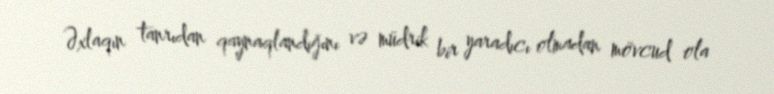
Əxlaqın tanrıdan qaynaqlandığını və müdrik bir yaradıcı olmadan mövcud ola